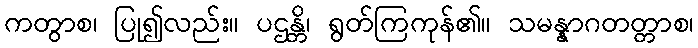
ကတွာစ၊ ပြု၍လည်း။ ပဌန္တိ၊ ရွတ်ကြကုန်၏။ သမန္နာဂတတ္တာစ၊